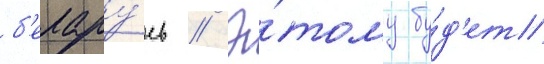
б'елару́сь // Э́тому бу́д'ет